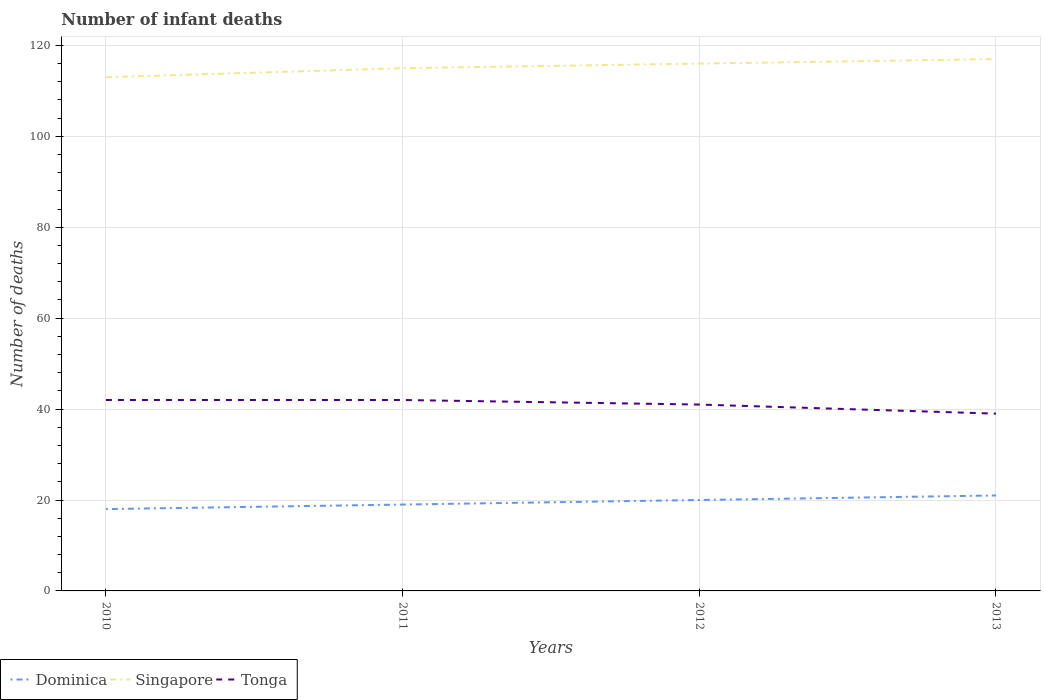
| Years | Dominica | Singapore | Tonga |
 | --- | --- | --- | --- |
 | 2010 | 18 | 113 | 42 |
 | 2011 | 19 | 115 | 42 |
 | 2012 | 20 | 116 | 41 |
 | 2013 | 21 | 117 | 39 |